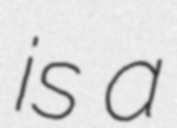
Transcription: is a